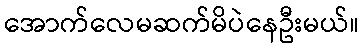
အောက်လေမဆက်မိပဲနေဦးမယ်။